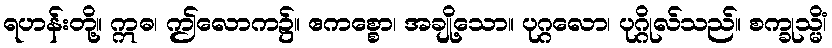
ရဟန်းတို့။ ဣဓ၊ ဤလောက၌။ ဧကစ္စော၊ အချို့သော။ ပုဂ္ဂလော၊ ပုဂ္ဂိုလ်သည်။ စက္ခုသ္မိံ၊